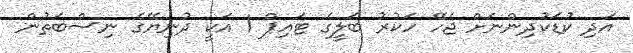
އަދި ކުޑަކުދިންނަށް ޖެހޭ ހަކުރު ބަލީގެ ޓައިޕް 1 އަކީ ދުނިޔޭގެ ނިސްބަތުން